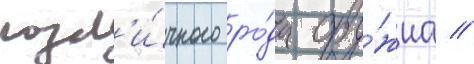
разл'и́чного ро́да ору́жиа //